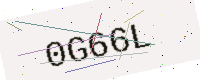
Text: 0G66L